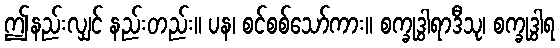
ဤနည်းလျှင် နည်းတည်း။ ပန၊ စင်စစ်သော်ကား။ စက္ခုဒွါရာဒီသု၊ စက္ခုဒွါရ